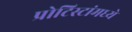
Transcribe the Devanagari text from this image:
प्रोटिस्टांमध्ये